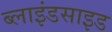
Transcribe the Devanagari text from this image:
ब्लाइंडसाइड